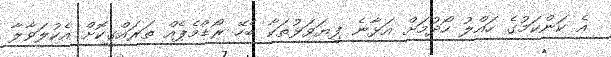
އެ ކަންކަމުގެ ހައްލު ހޯދުމަށް އަޅާނެ ފިޔަވަޅުތަކާ ބެހޭ ރޯޑްމެޕެއް ތަރައްގީކޮށް އެކުލަވާލާ